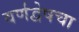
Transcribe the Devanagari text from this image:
वर्णद्वेषचा